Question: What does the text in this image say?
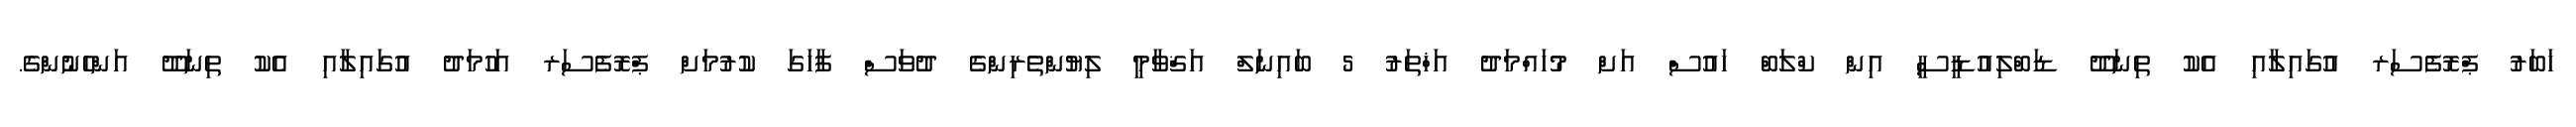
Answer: ޚަބަރު ޕްރޮފެސަރ އުގައިލާއި އެކު ތިނަދޫ ޑަބްލިއުޑީސީ އިން ކްލަބް ހައުސް އަށް މުހައްމަދު އަޚްތަރު 5 ބައިނަލް އަޤްވާމީ ލިޔުންތެރިންގެ ދުވަސް ފާހަގަ ކުރުމަށް ޕްރޮފެސަރ އަހުމަދު އުގައިލާއި އެކު ތިނަދޫ އަންހެނުންގެ.